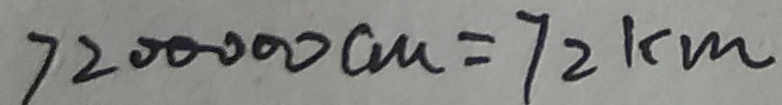
7 2 0 0 0 0 0 c m = 7 2 k m